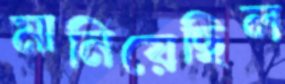
মানিয়েছিল